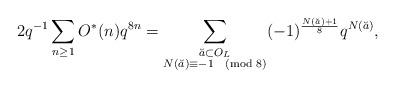
LaTeX: \begin{align*}2q^{-1}\sum_{n\ge1}O^{*}(n)q^{8n}=\sum_{\substack{\breve{a}\subset O_L \\ N(\breve{a})\equiv-1\pmod{8}}}(-1)^{\frac{N(\breve{a})+1}{8}}q^{N(\breve{a})},\end{align*}